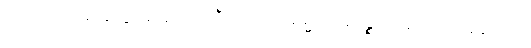
(ဟောတိ၊) မနောဒွါရေ၊ ၌။ အတီတာ၊ ပေ။ ရမ္မဏာနဉ္စေဝ၊ အတိတ် အနာဂတ်